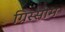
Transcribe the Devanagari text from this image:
ग्रिस्सोम